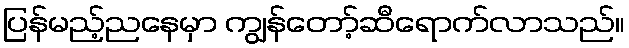
ပြန်မည့်ညနေမှာ ကျွန်တော့်ဆီရောက်လာသည်။